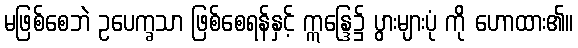
မဖြစ်စေဘဲ ဥပေက္ခသာ ဖြစ်စေရန်နှင့် ဣန္ဒြေ၌ ပွားများပုံ ကို ဟောထား၏။